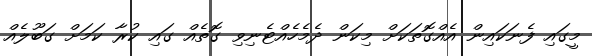
މީގައި ފެނަކައިން އެއްގޮތަކަށް މިކަން ދެމެހެއްޓެނިވި ގޮތެއް ގަައި ކުރާ ކަމަށް ގަބޫލެއް